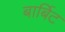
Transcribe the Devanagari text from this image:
बार्बिट